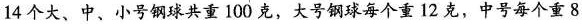
14个大、中、小号钢球共重100克，大号钢球每个重12克，中号每个重8